Indian journal of veterinary science and animal husbandry - Volume 8,
Year: 1938
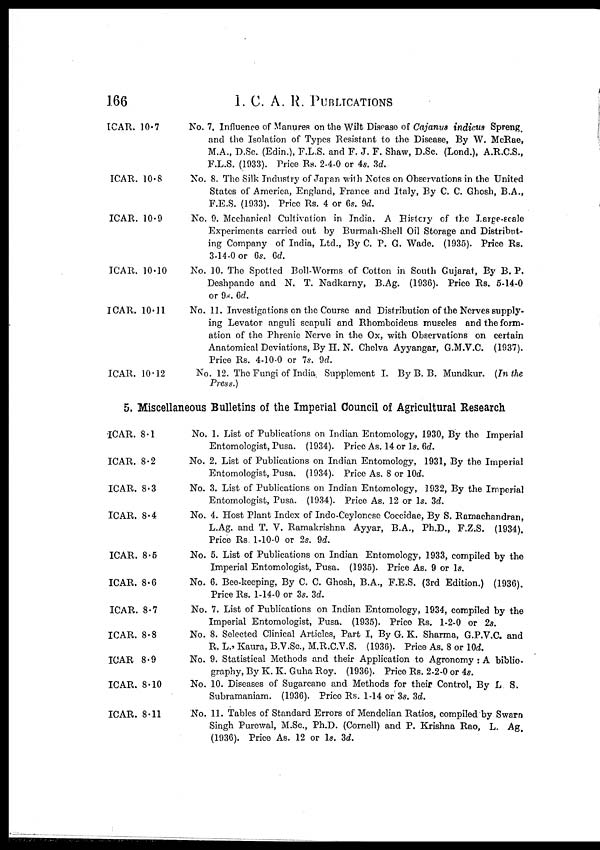
166
I.
C. A. R. PUBLICATIONS
ICAR. 10.7
ICAR. 10.8
ICAR. 10.9
ICAR. 10.10
ICAR. 10.11
ICAR. 10.12
No. 7. Influence of Manures on the Wilt Disease of Cajanus indicus Spreng
and the Isolation of Types Resistant to the Disease, By W. McRae,
M.A., D.Sc. (Edin.), F.L.S. and F. J. F. Shaw, D.Sc. (Lond.), A.R.C.S.,
F.L.S. (1933). Price Rs. 2-4-0 or 4s. 3d.
No. 8. The Silk Industry of Japan with Notes on Observations in the United
States of America, England, France and Italy, By C. C. Ghosh, B.A.,
F.E.S. (1933). Price Rs. 4 or 6s. 9d.
No. 9. Mechanical Cultivation in India. A History of the Large-scale
Experiments carried out by Burmah-Shell Oil Storage and Distribut-
ing Company of India, Ltd., By C. P. G. Wade. (1935). Price Rs.
3-14-0 or 6s. 6d.
No. 10. The Spotted Boll-Worms of Cotton in South Gujarat, By B. P.
Deshpande and N. T. Nadkarny, B.Ag. (1936). Price Rs. 5-14-0
or 9s. 6d.
No. 11. Investigations on the Course and Distribution of the Nerves supply-
ing Levator anguli scapuli and Rhomboideus muscles and the form-
ation of the Phrenic Nerve in the Ox, with Observations on certain
Anatomical Deviations, By H. N. Chelva Ayyangar, G.M.V.C. (1937).
Price Rs. 4-10-0 or 7s. 9d.
No. 12. The Fungi of India. Supplement I. By B. B. Mundkur. (In the
Press.)
5. Miscellaneous Bulletins of the Imperial Council of Agricultural Research
ICAR. 8.1
ICAR. 8.2
ICAR. 8.3
ICAR. 8.4
ICAR. 8.5
ICAR. 8.6
ICAR. 8.7
ICAR. 8.8
ICAR 8.9
ICAR. 8.10
ICAR. 8.11
No. 1. List of Publications on Indian Entomology, 1930, By the Imperial
Entomologist, Pusa. (1934). Price As. 14 or 1s. 6d.
No. 2. List of Publications on Indian Entomology, 1931, By the Imperial
Entomologist, Pusa. (1934). Price As. 8 or l0d.
No. 3. List of Publications on Indian Entomology, 1932, By the Imperial
Entomologist, Pusa. (1934). Price As. 12 or 1s. 3d.
No. 4. Host Plant Index of Indo-Ceylonese Coccidae, By S. Ramachandran,
L.Ag. and T. V. Ramakrishna Ayyar, B.A., Ph.D., F.Z.S. (1934).
Price Rs. 1-10-0 or 2s. 9d.
No. 5. List of Publications on Indian Entomology, 1933, compiled by the
Imperial Entomologist, Pusa. (1935). Price As. 9 or 1s.
No. 6. Bee-keeping, By C. C. Ghosh, B.A., F.E.S. (3rd Edition.) (1936).
Price Rs. 1-14-0 or 3s. 3d.
No. 7. List of Publications on Indian Entomology, 1934, compiled by the
Imperial Entomologist, Pusa. (1935). Price Rs. 1-2-0 or 2s.
No. 8. Selected Clinical Articles, Part I, By G. K. Sharma, G.P.V.C. and
R. L. Kaura, B.V.Sc., M.R.C.V.S. (1936). Price As. 8 or l0d.
No. 9. Statistical Methods and their Application to Agronomy : A biblio-
graphy, By K. K. Guha Roy. (1936). Price Rs. 2-2-0 or 4s.
No. 10. Diseases of Sugarcane and Methods for their Control, By L S.
Subramaniam. (1936). Price Rs. 1-14 or 3s. 3d.
No. 11. Tables of Standard Errors of Mendelian Ratios, compiled by Swarn
Singh Purewal, M.Sc., Ph.D. (Cornell) and P. Krishna Rao, L. Ag.
(1936). Price As. 12 or 1s. 3d.